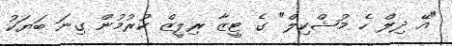
"އޭ ދިލް ހެ މުޝްކިލް" ގެ ޓީޒާ ރިލީޒް ކުރުމުން ގިނަ ބަޔަކު